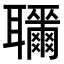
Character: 𦘎